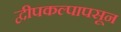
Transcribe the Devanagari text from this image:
द्वीपकल्पापसून